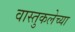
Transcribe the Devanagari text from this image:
वास्तुकलेच्या